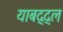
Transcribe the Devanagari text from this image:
याबद्द्ल